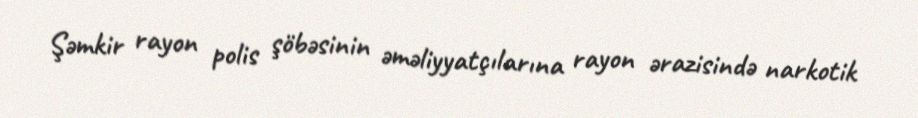
Şəmkir rayon polis şöbəsinin əməliyyatçılarına rayon ərazisində narkotik